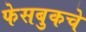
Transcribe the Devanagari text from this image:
फेसबुकचे